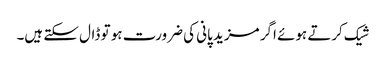
شیک کرتے ہوئے اگر مزید پانی کی ضرورت ہو تو ڈال سکتے ہیں۔